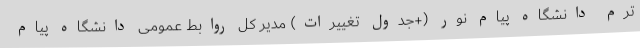
ترم دانشگاه پیام نور (+جدول تغییرات) مدیر کل روابط عمومی دانشگاه پیام